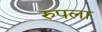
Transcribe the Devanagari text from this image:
रुपला